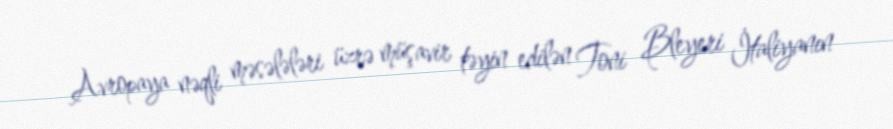
Avropaya nəqli məsələləri üzrə müşavir təyin edilən Toni Bleyeri İtaliyanın